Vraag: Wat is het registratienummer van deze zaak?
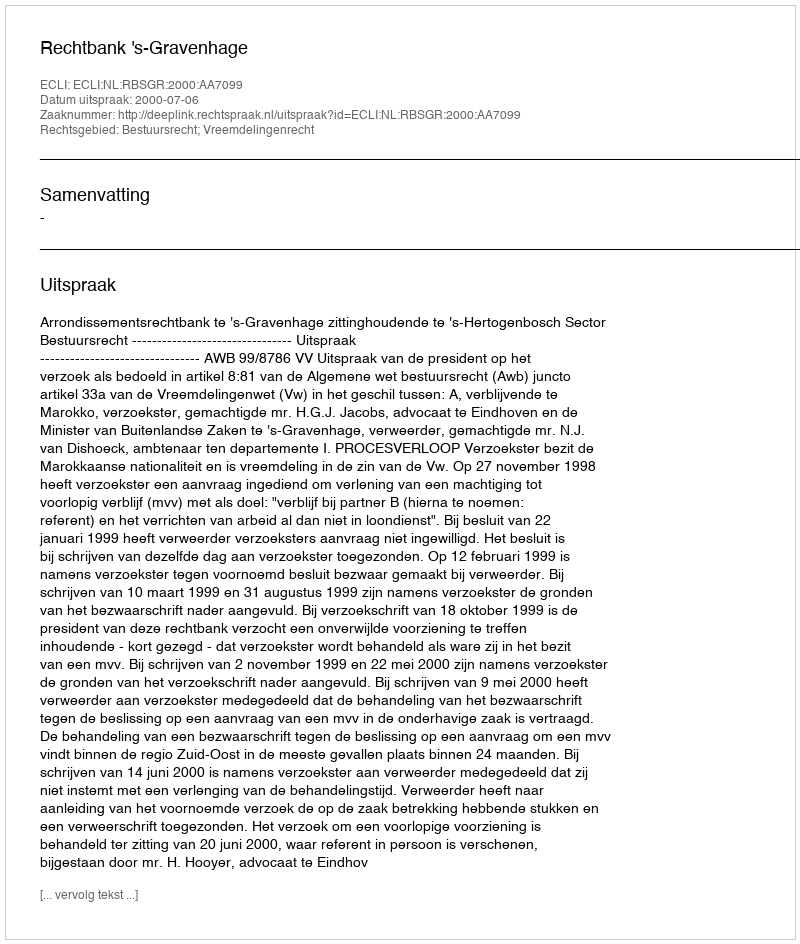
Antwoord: http://deeplink.rechtspraak.nl/uitspraak?id=ECLI:NL:RBSGR:2000:AA7099